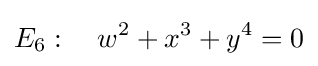
E_{6}:\quad w^{2}+x^{3}+y^{4}=0